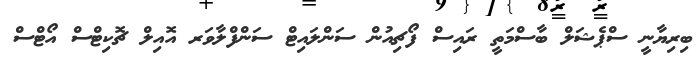
ބިރިޔާނީ ސްޕެޝަލް ބާސްމަތީ ރައިސް ފޯޗިއުން ސަންލައިޓް ސަންފްލާވަރ އޮއިލް ޗޮކިޓްސް އޯޓްސް